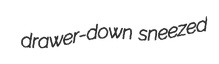
drawer-down sneezed